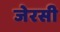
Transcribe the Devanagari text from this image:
जेरसी